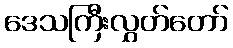
ဒေသကြီးလွှတ်တော်